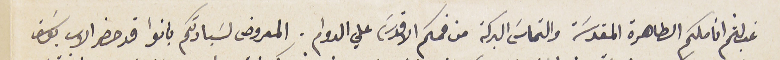
غب لثم اناملكم الطاهرة المقدسَة والتماسَ البركة من فمكم الاقدسَ علي الدوام. المعروض لسَيادتكم بانوا قد حضر الاب يوسَف